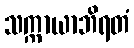
သက္ကာယာဘိရတံ